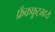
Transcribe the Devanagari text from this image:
फ्रँकफूटमध्ये